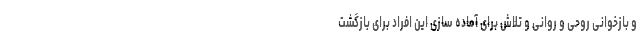
و بازخوانی روحی و روانی و تلاش برای آماده سازی این افراد برای بازگشت